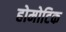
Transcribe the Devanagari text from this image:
होमोटिक